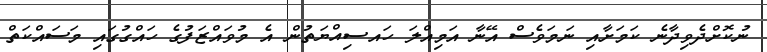
ނުކޮށްދެވިދާނެ ކަމަށާއި ނަމަވެސް އޭނާ އަމިއްލަ ހައސިއްޔަތުން އެ މުވައްޒަފުގެ ހައްގުގައި މަސައްކަތް